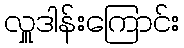
လှူဒါန်းကြောင်း